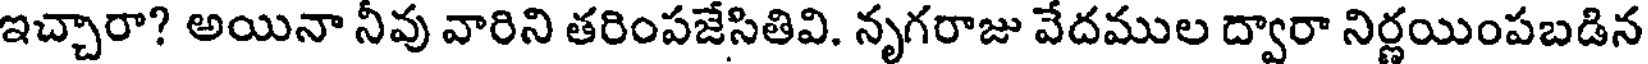
ఇచ్చారా? అయినా నీవు వారిని తరింపజేసితివి. నృగరాజు వేదముల ద్వారా నిర్ణయింపబడిన